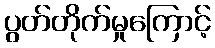
ပွတ်တိုက်မှုကြောင့်